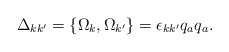
\begin{align*}\Delta_{kk^{\prime}}=\{\Omega_{k},\Omega_{k^{\prime}}\}=\epsilon_{kk^{\prime}}q_{a}q_{a}. \end{align*}